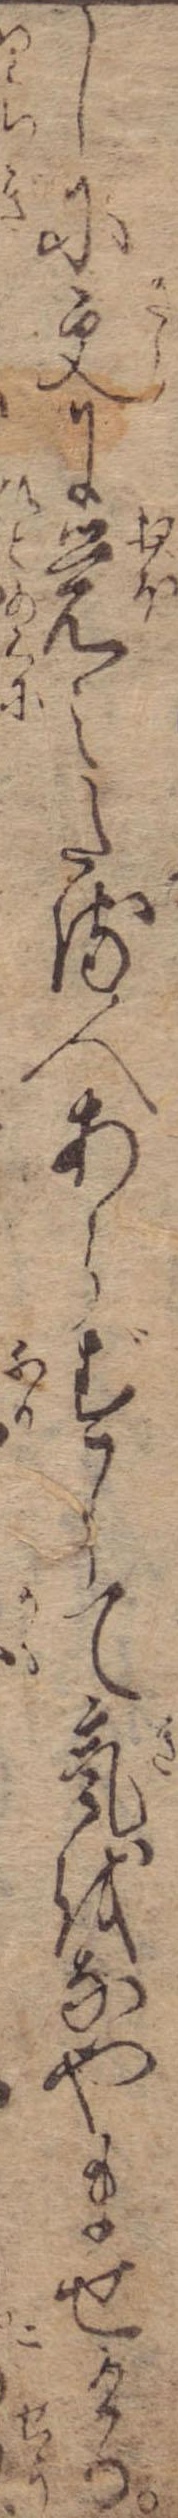
しに更に覚えたる人あらずして気をなやませける